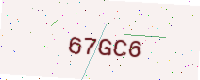
Text: 67GC6